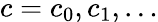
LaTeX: c=c_{0},c_{1},\ldots